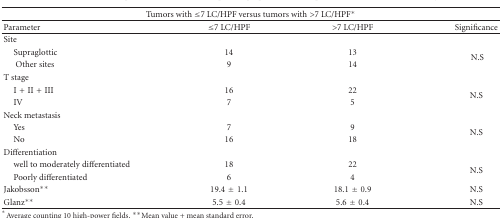
| <COLSPAN=4> Tumors with ≤7 LC/HPF versus tumors with >7 LC/HPF* |
 | --- | --- | --- | --- |
 | Parameter | ≤7 LC/HPF | >7 LC/HPF | Significance |
 | Site |  |  |  |
 | Supraglottic | 14 | 13 | <ROWSPAN=2> N.S |
 | Other sites | 9 | 14 |
 | T stage |  |  |  |
 | I + II + III | 16 | 22 | <ROWSPAN=2> N.S |
 | IV | 7 | 5 |
 | Neck metastasis |  |  |  |
 | Yes | 7 | 9 | <ROWSPAN=2> N.S |
 | No | 16 | 18 |
 | Differentiation |  |  |  |
 | well to moderately differentiated | 18 | 22 | <ROWSPAN=2> N.S |
 | Poorly differentiated | 6 | 4 |
 | Jakobsson** | 19.4 ± 1.1 | 18.1 ± 0.9 | N.S |
 | Glanz** | 5.5 ± 0.4 | 5.6 ± 0.4 | N.S |